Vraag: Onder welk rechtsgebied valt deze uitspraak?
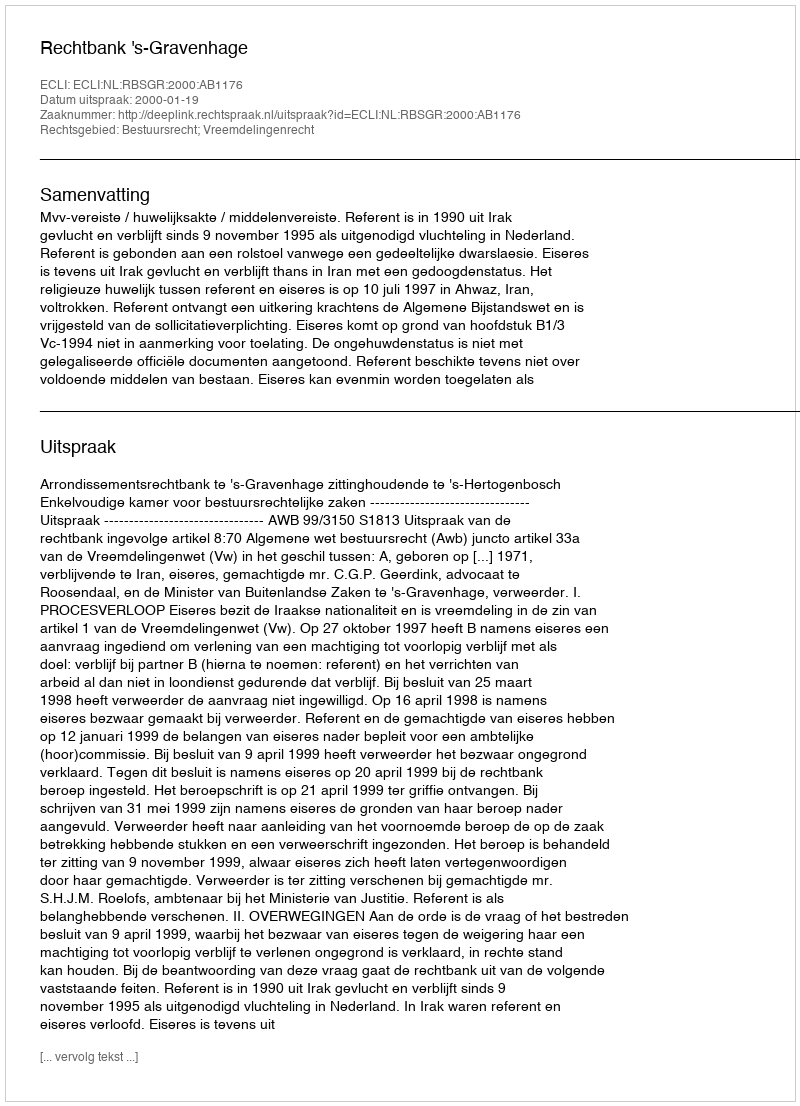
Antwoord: Bestuursrecht; Vreemdelingenrecht